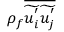
\rho _ { f } \overline { { \widetilde { u _ { i } ^ { ' } } \widetilde { u _ { j } ^ { ' } } } }